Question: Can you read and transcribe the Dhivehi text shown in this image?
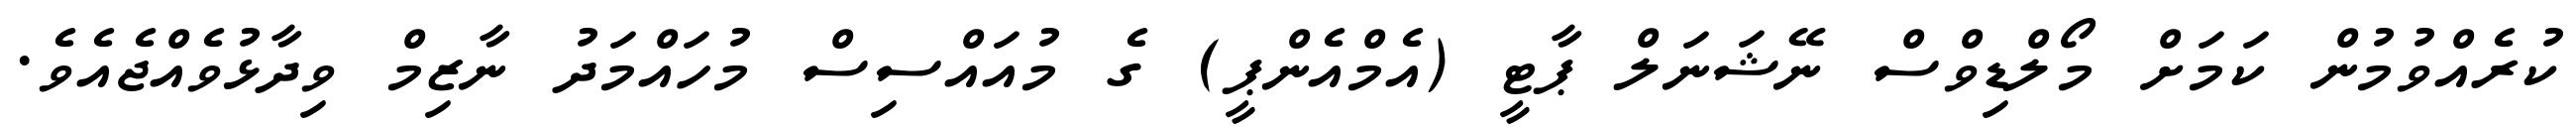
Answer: ކުރެއްވުމުން ކަމަށް މޯލްޑިވްސް ނޭޝަނަލް ޕާޓީ (އެމްއެންޕީ) ގެ މުއައްސިސް މުހައްމަދު ނާޒިމް ވިދާޅުވެއްޖެއެވެ.